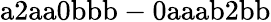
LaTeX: \mathrm{a2aa0bbb-0aaab2bb}